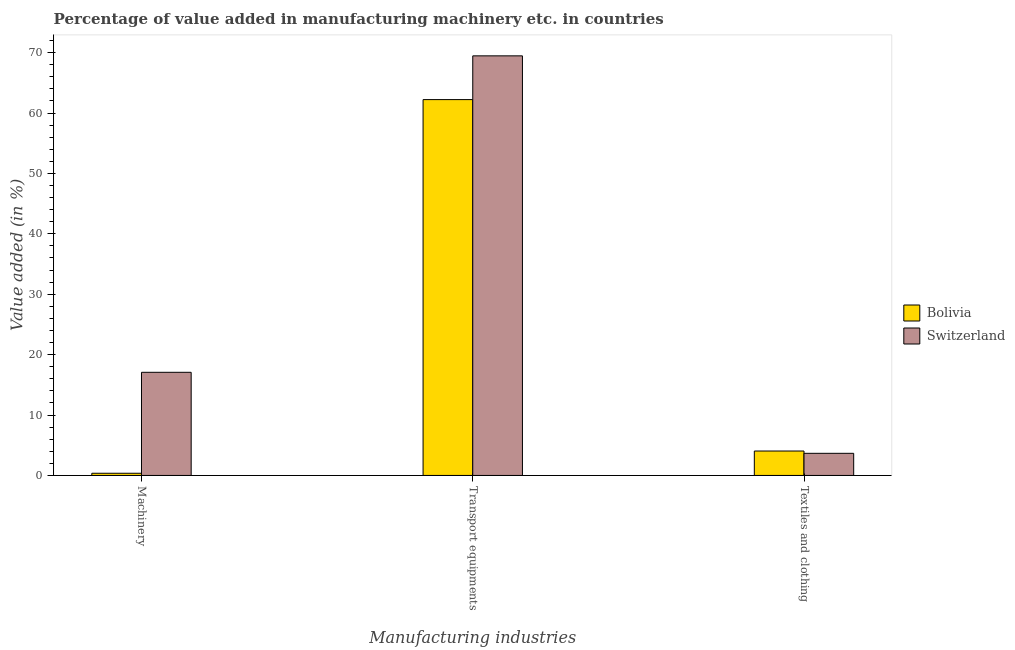
| Manufacturing industries | Bolivia | Switzerland |
 | --- | --- | --- |
 | Machinery | 0.362 | 17.1 |
 | Transport equipments | 62.2 | 69.5 |
 | Textiles and clothing | 4.04 | 3.66 |